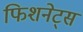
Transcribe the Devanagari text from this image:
फिशनेट्स